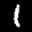
Label: 1